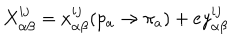
LaTeX: X _ { \alpha \beta } ^ { i j } = x _ { \alpha \beta } ^ { i j } ( p _ { a } \rightarrow \pi _ { a } ) + e y _ { \alpha \beta } ^ { i j }